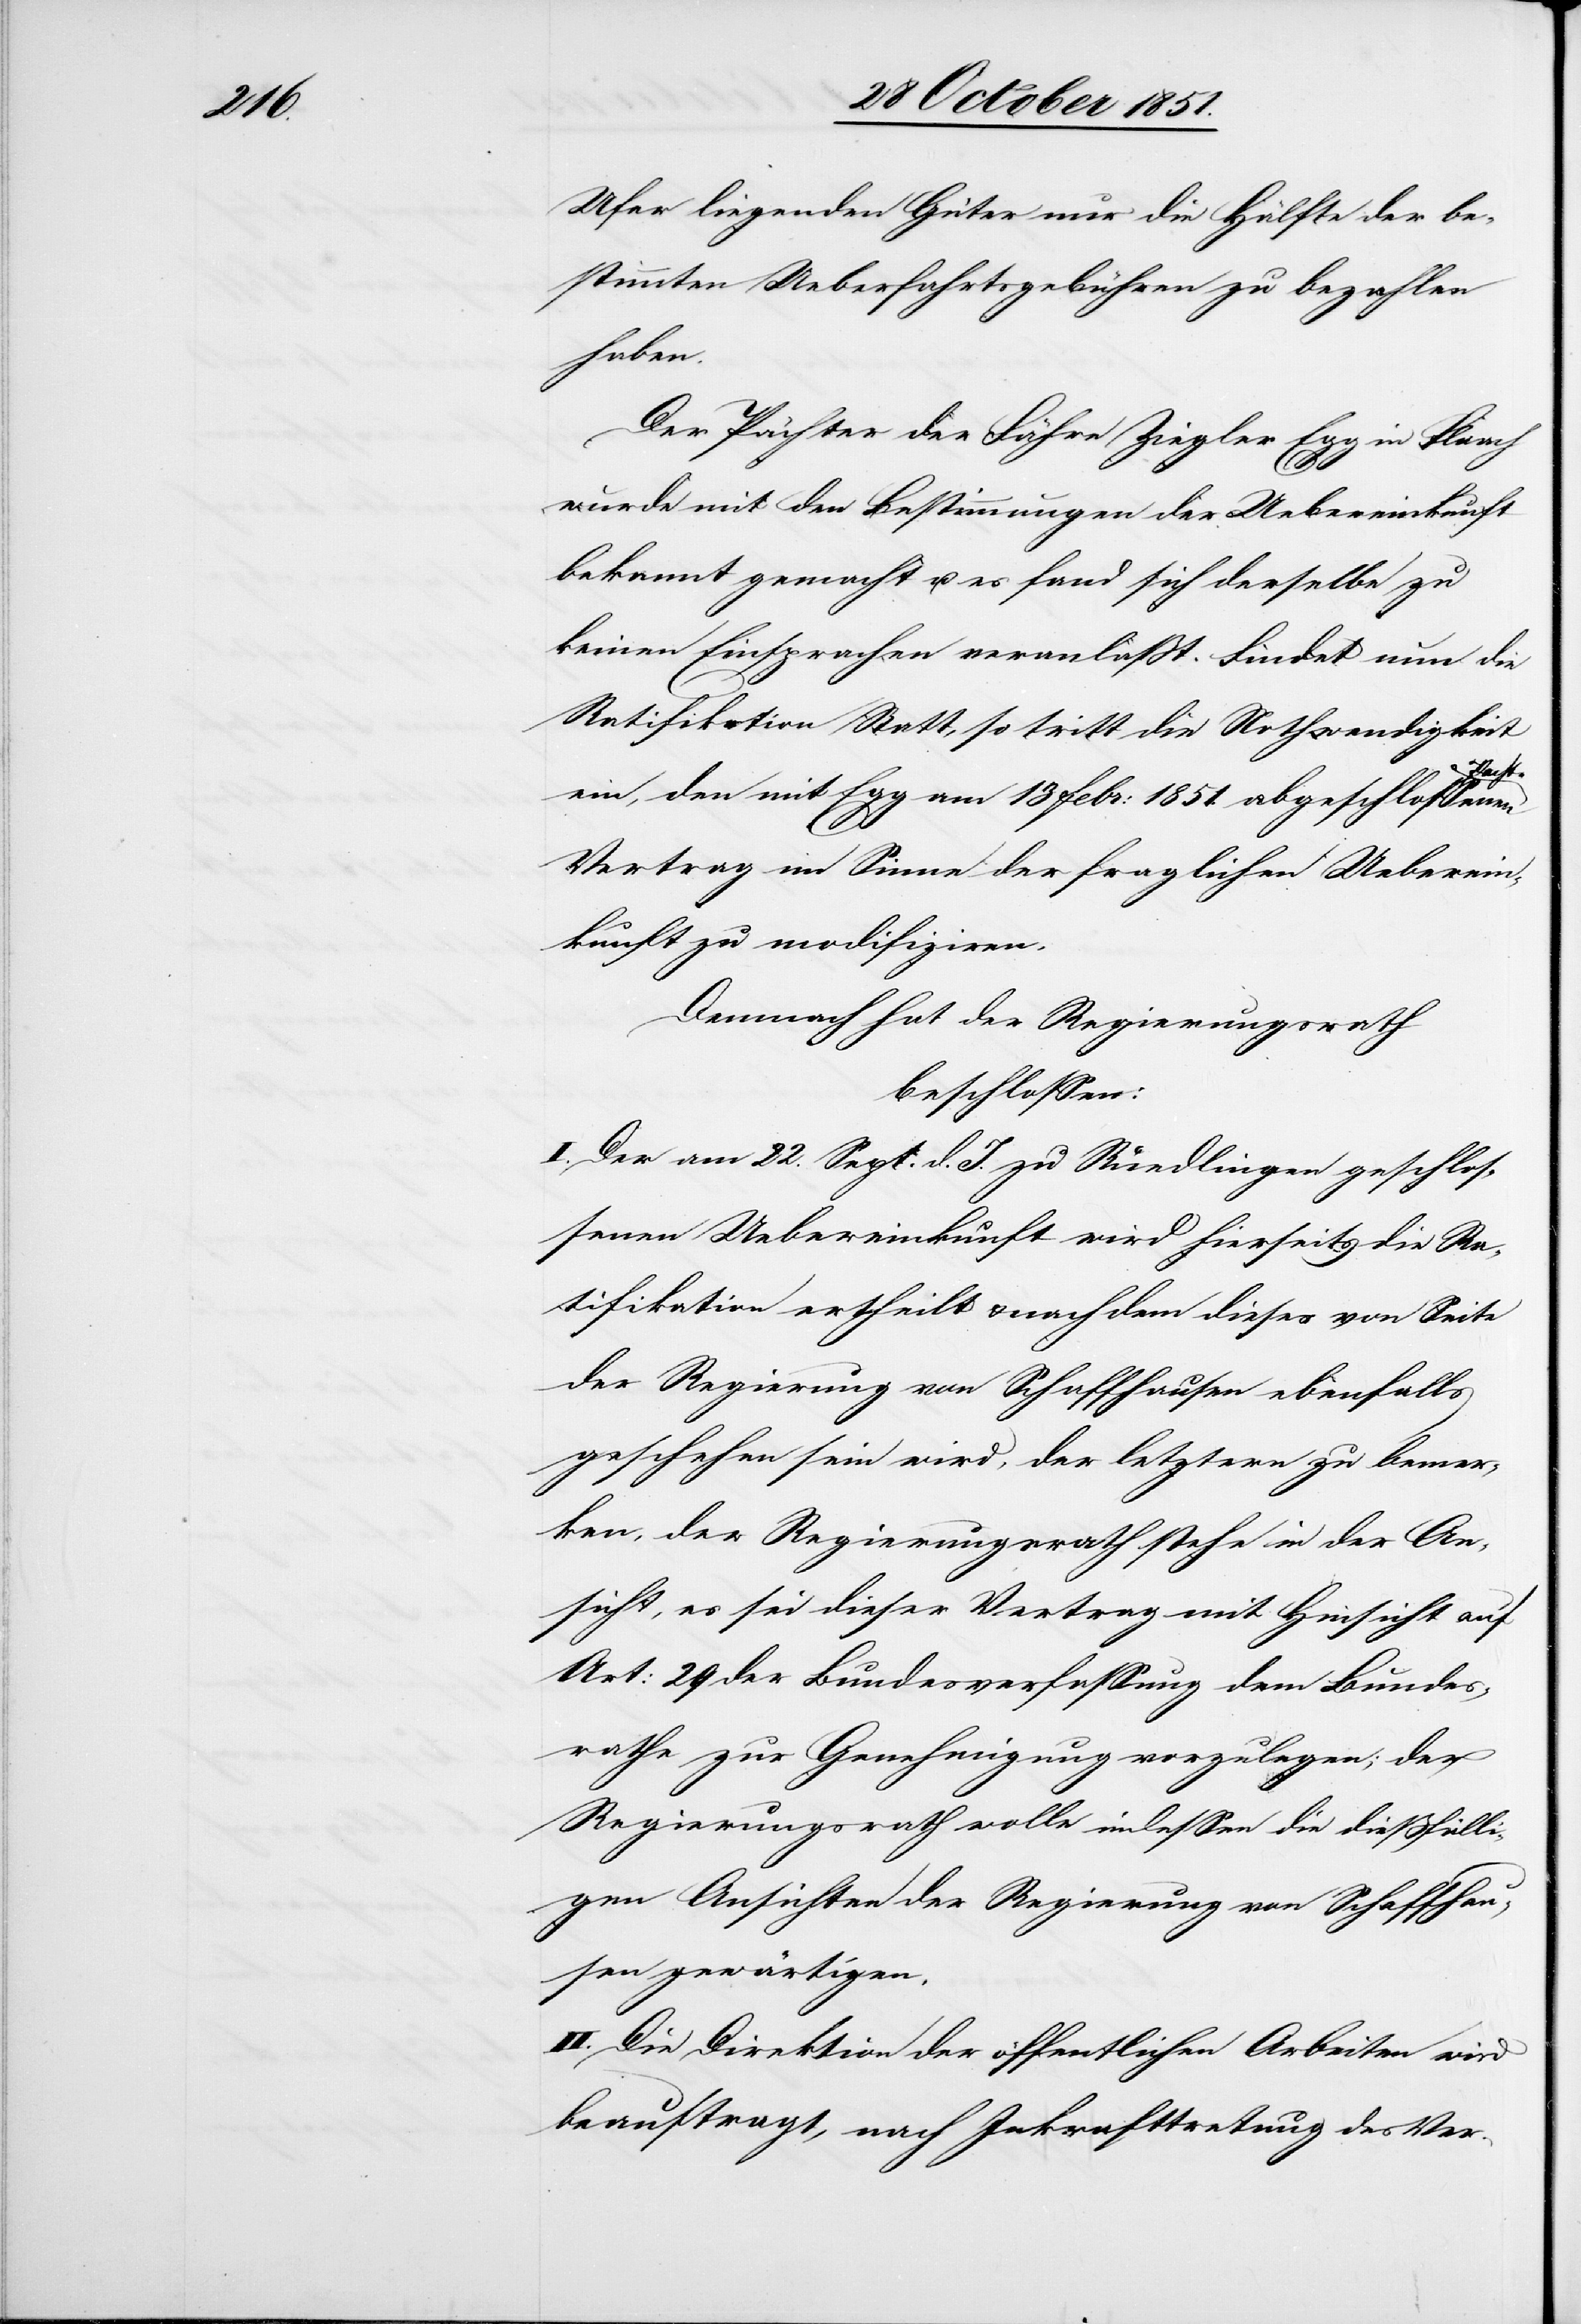
Ufer liegenden Güter nur die Hälfte der be¬
stimmten Ueberfahrtsgebühren zu bezahlen
haben.
Der Pächter der Fähre Ziegler Egg in Flaach
wurde mit den Bestimmungen der Uebereinkunft
bekannt gemacht u. es fand sich derselbe zu
keinen Einsprachen veranlaßt. Findet nun die
Ratifikation Statt, so tritt die Nothwendigkeit
Pach¬
ein, den mit Egg am 13 Febr: 1851. abgeschlossenen
t-Vertrag im Sinne der fraglichen Ueberein¬
kunft zu modifiziren.
Demnach hat der Regierungsrath
beschlossen:
I. Der am 22. Sept. d. J. zu Ruedlingen geschlos¬
senen Uebereinkunft wird hierseits die Ra¬
tifikation ertheilt & nach dem dieses von Seite
der Regierung von Schaffhausen ebenfalls
geschehen sein wird, der letztern zu bemer¬
ken, der Regierungsrath stehe in der An¬
sicht, es sei dieser Vertrag mit Hinsicht auf
Art: 29 der Bundesverfassung dem Bundes¬
rathe zur Genehmigung vorzulegen; der
Regierungsrath wolle indessen die dießfälli¬
gen Ansichten der Regierung von Schaffhau¬
sen gewärtigen.
II. Die Direktion der öffentlichen Arbeiten wird
beauftragt, nach Inkrafttretung des Ver-